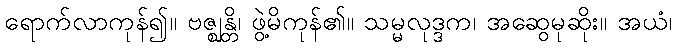
ရောက်လာကုန်၍။ ဗဇ္ဈန္တိ၊ ဖွဲ့မိကုန်၏။ သမ္မလုဒ္ဒက၊ အဆွေမုဆိုး။ အယံ၊